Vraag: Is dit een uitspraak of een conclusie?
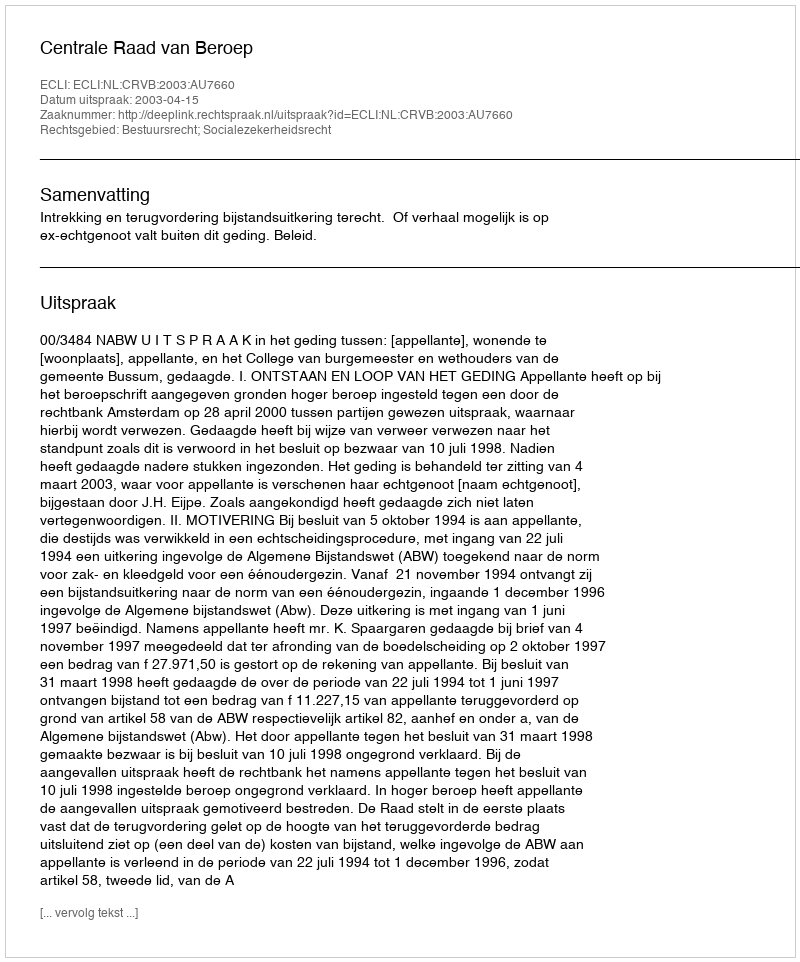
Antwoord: Uitspraak